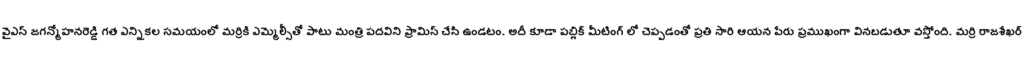
వైఎస్ జగన్మోహనరెడ్డి గత ఎన్నికల సమయంలో మర్రికి ఎమ్మెల్సీతో పాటు మంత్రి పదవిని ప్రామిస్ చేసి ఉండటం. అదీ కూడా పబ్లిక్ మీటింగ్ లో చెప్పడంతో ప్రతి సారి ఆయన పేరు ప్రముఖంగా వినబడుతూ వస్తోంది. మర్రి రాజశేఖర్